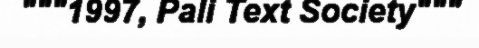
"""1997, Pali Text Society"""